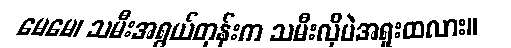
မေမေ၊ သမီးအရွယ်တုန်းက သမီးလိုပဲအရူးထလား။